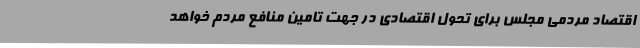
اقتصاد مردمی مجلس برای تحول اقتصادی در جهت تامین منافع مردم خواهد